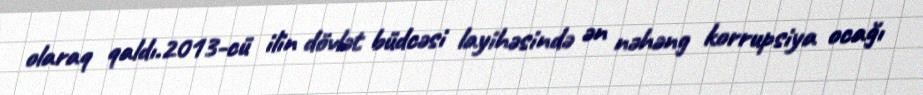
olaraq qaldı.2013-cü ilin dövlət büdcəsi layihəsində ən nəhəng korrupsiya ocağı